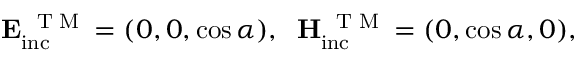
\mathbf { E _ { \mathrm { i n c } } ^ { \mathrm { ~ \tiny ~ T ~ M ~ } } } = ( 0 , 0 , \cos \alpha ) , \; \; \mathbf { H _ { \mathrm { i n c } } ^ { \mathrm { ~ \tiny ~ T ~ M ~ } } } = ( 0 , \cos \alpha , 0 ) ,